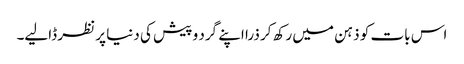
اس بات کو ذہن میں رکھ کر ذرا اپنے گرد و پیش کی دنیا پر نظر ڈالیے۔